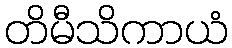
တိမီသိကာယံ